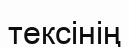
тексінің